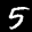
Label: 5